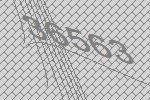
36563